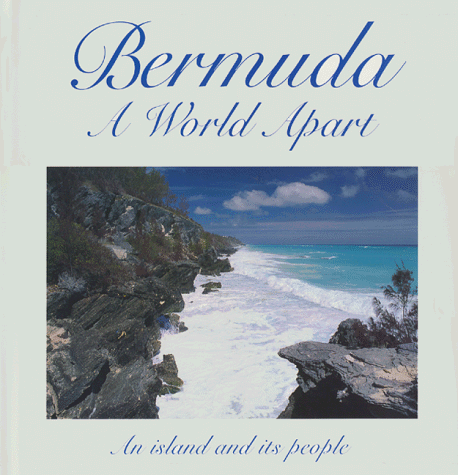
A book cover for Bermuda A World Apart: An island and its people; Travel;